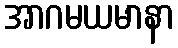
အာဂမယမာနာ